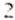
2